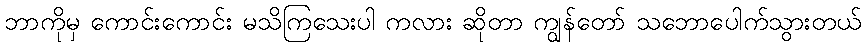
ဘာကိုမှ ကောင်းကောင်း မသိကြသေးပါ ကလား ဆိုတာ ကျွန်တော် သဘောပေါက်သွားတယ်